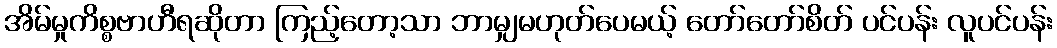
အိမ်မှုကိစ္စဗာဟီရဆိုတာ ကြည့်တော့သာ ဘာမျှမဟုတ်ပေမယ့် တော်တော်စိတ် ပင်ပန်း လူပင်ပန်း